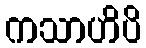
ကသာဟိပိ